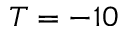
T = - 1 0